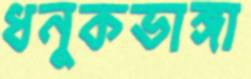
ধনুকভাঙ্গা